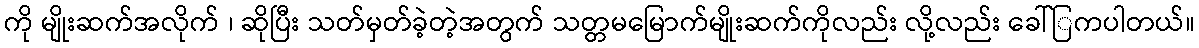
ကို မျိုးဆက်အလိုက် ၊ ဆိုပြီး သတ်မှတ်ခဲ့တဲ့အတွက် သတ္တမမြောက်မျိုးဆက်ကိုလည်း လို့လည်း ခေါ်ြကပါတယ်။